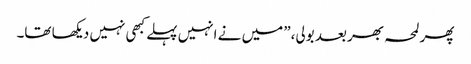
پھر لمحہ بھر بعد بولی،” میں نے انہیں پہلے کبھی نہیں دیکھا تھا۔